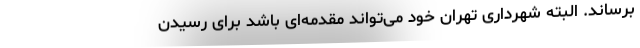
برساند. البته شهرداری تهران خود می‌تواند مقدمه‌ای باشد برای رسیدن